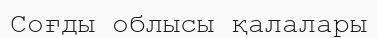
Соғды облысы қалалары